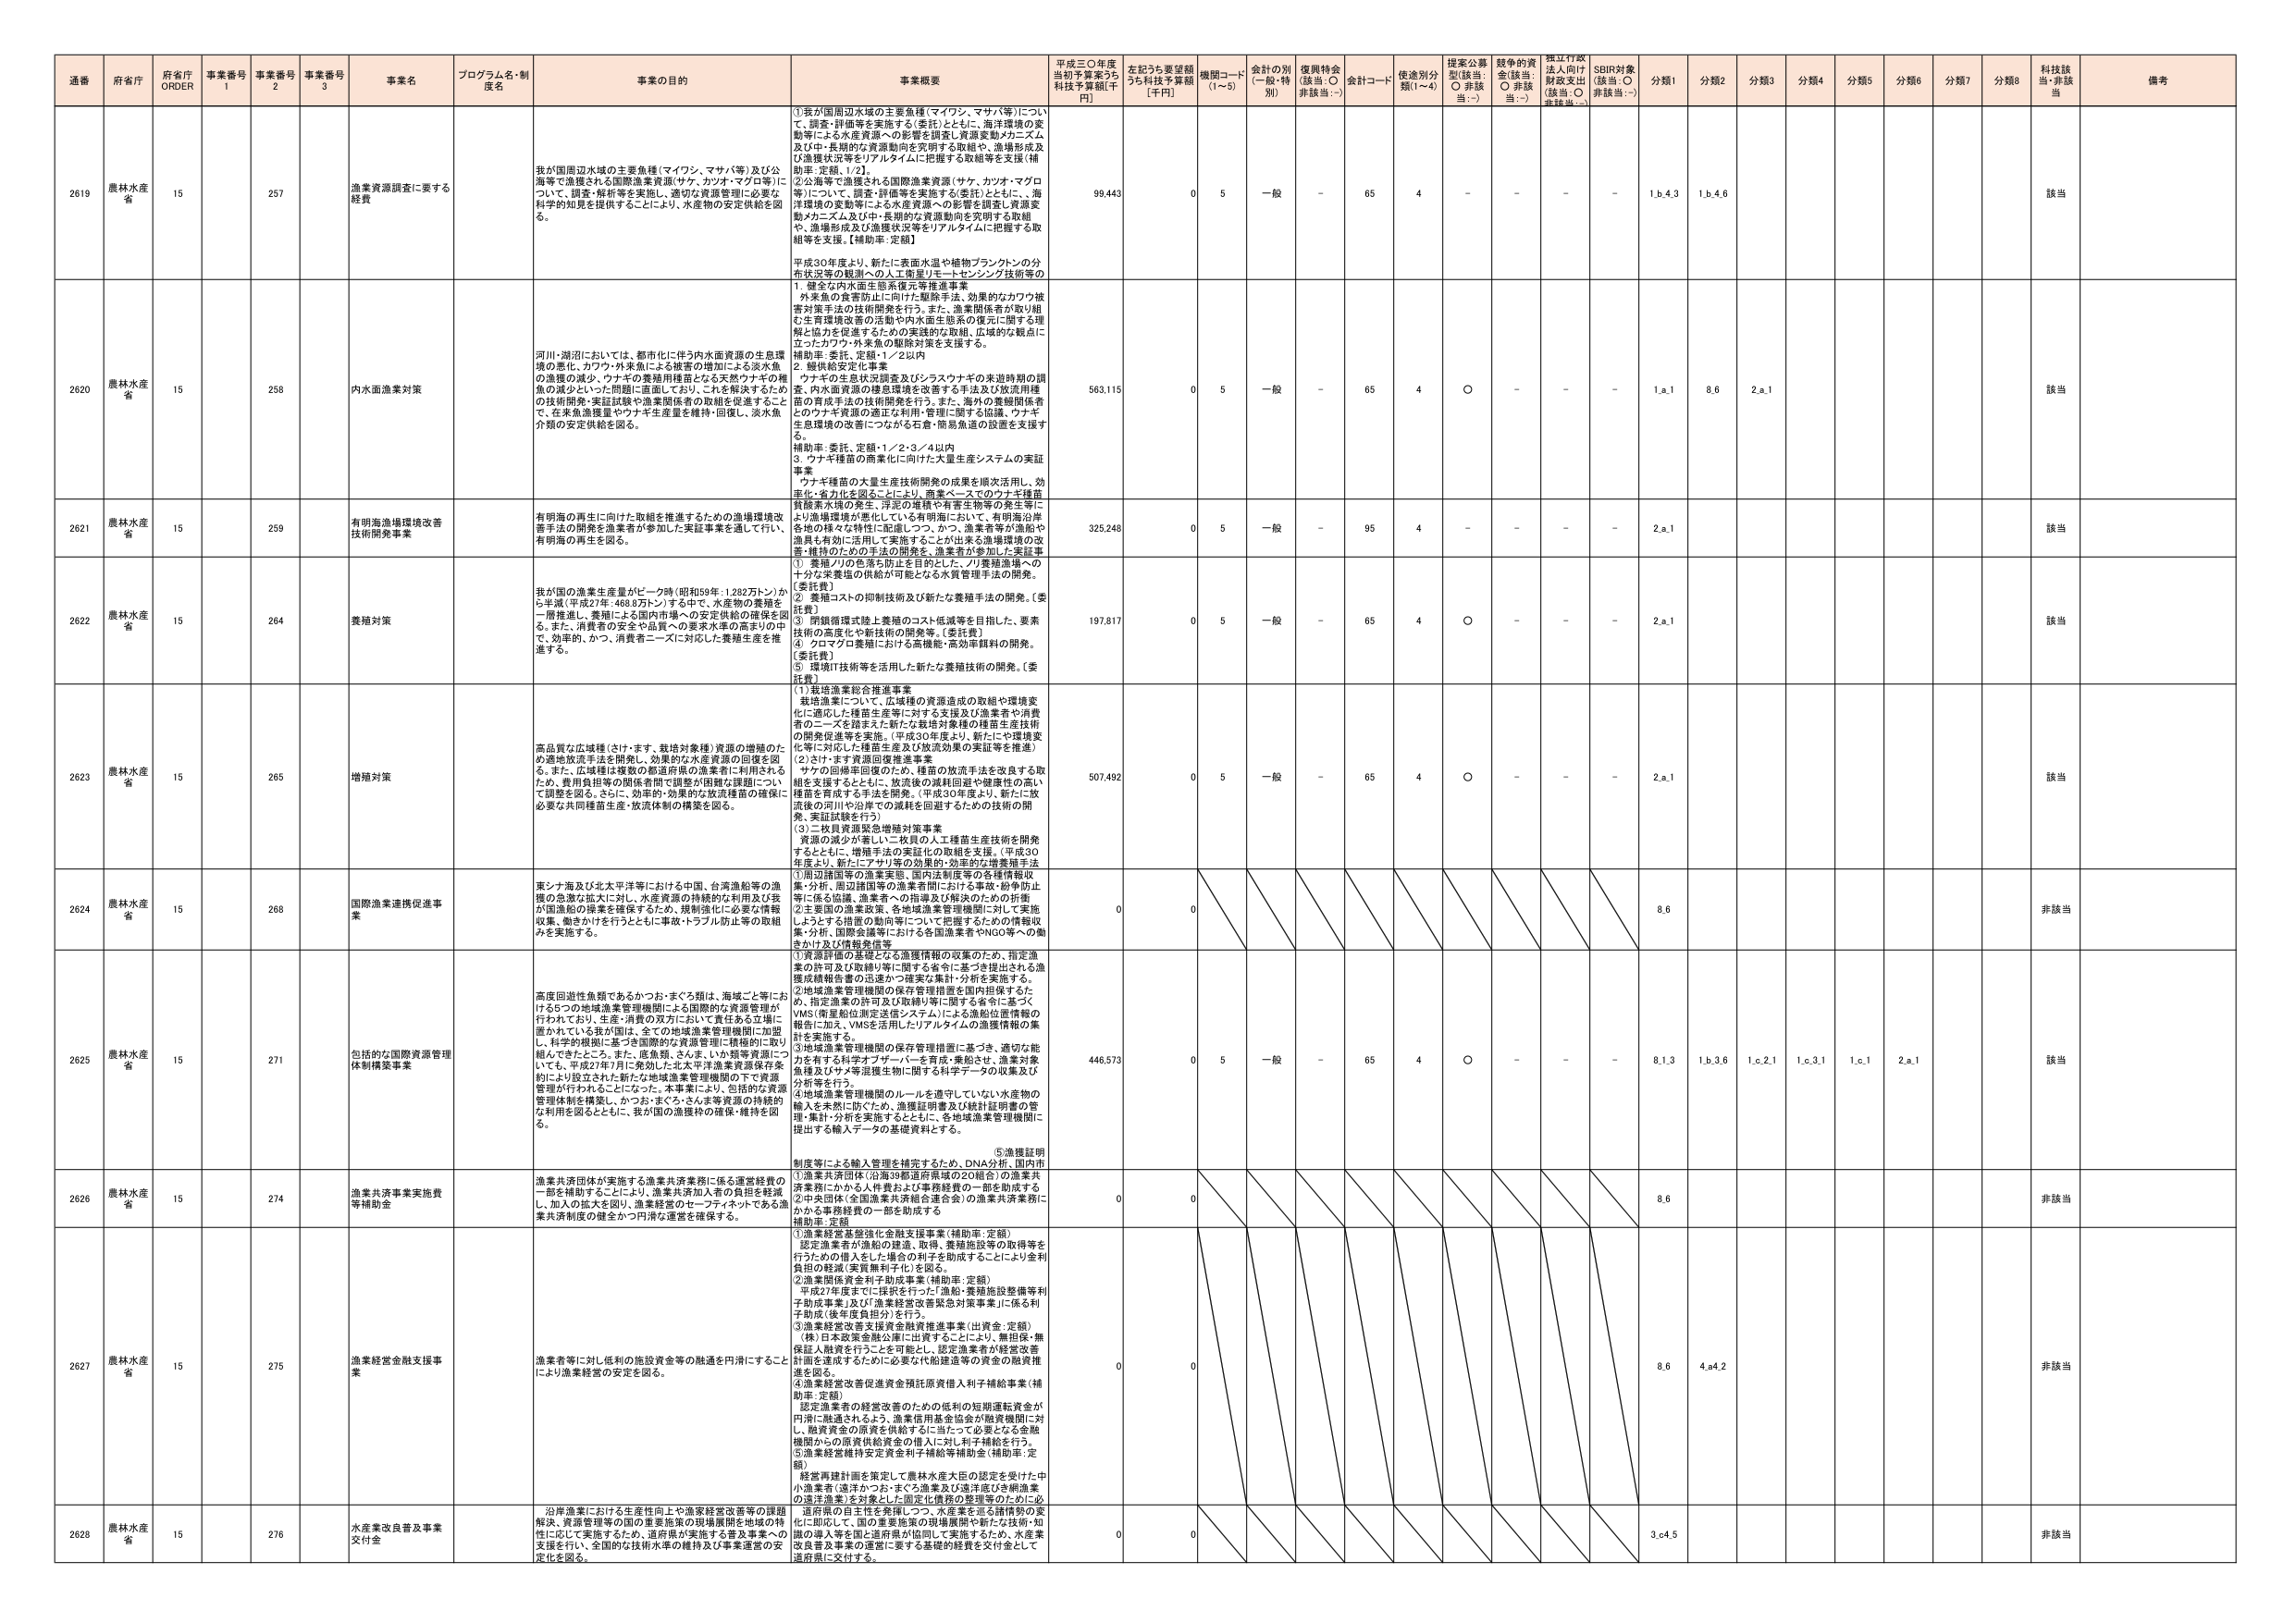
通番 府省庁 府省庁 ORDER 事業番号 1 事業番号 2 事業番号 3 事業名 プログラム名・制度名 事業の目的 事業概要 平成三〇年度当初予算案うち科技予算額[千円] 左記うち要望額うち科技予算額[千円] 機関コード(1～5) 金計の別(一般・特別) 復興特金(該当:○ 非該当:－) 金計コード 使用別分類(1～4) 提案公募型(該当:○ 非該当:－) 競争的資金(該当:○ 非該当:－) 採択行政法入向け財政支出(該当:○ 非該当:－) SDBR対象(該当:○ 非該当:－) 分類1 分類2 分類3 分類4 分類5 分類6 分類7 分類8 科技該当 備考

2619 農林水産省 15 257 漁業資源調査に要する経費 我が国周辺水域の主要魚種（マイワシ、マサバ等）及び公海等で漁獲される国際漁業資源（サケ、カツオ・マグロ等）について、調査・解析等を実施し、適切な資源管理に必要な科学的知見を提供することにより、水産物の安定供給を図る。 ①我が国周辺水域の主要魚種（マイワシ、マサバ等）について、調査・評価等を実施する（委託）とともに、海洋環境の変動等による水産資源への影響を調査し資源変動メカニズム及び中・長期的な資源動向を究明する取組や、漁場形成及び漁獲状況等をリアルタイムに把握する取組等を支援（補助率：定額：1/2）。 ②公海等で漁獲される国際漁業資源（サケ、カツオ・マグロ等）について、調査・評価等を実施する（委託）とともに、海洋表層変動等による水産資源への影響を調査し資源変動メカニズム及び中・長期的な資源動向を究明する取組や、漁場形成及び漁獲状況等をリアルタイムに把握する取組等を支援。【補助率：定額】 99,443 0 5 一般 － 65 4 － － － － 1.b.4.3 1.b.4.6 該当

2620 農林水産省 15 258 内水面漁業対策 河川・湖沼においては、都市化に伴う内水面資源の生息環境の悪化、カワウ・外来魚による被害の増加による淡水魚の漁獲の減少、ウナギの養殖用稚苗となる天然ウナギの稚魚の減少といった問題に直面しており、これを解決するための技術開発・実証試験や漁業関係者の取組を促進することで、在来魚漁獲量やウナギ生産量を維持・回復し、淡水魚介類の安定供給を図る。 平成30年度より、新たに表面水温や植物プランクトンの分布状況等の観測への人工衛星リモートセンシング技術等の 1．健全な内水面生態系復元等推進事業 外来魚の食害防止に向けた駆除手法、効果的なカワウ被害対策手法の技術開発を行う。また、漁業関係者が取り組む生育環境改善の活動や内水面生態系の復元に関する理解と協力を促進するための実践的な取組、広域的な観点に立ったカワウ・外来魚の駆除対策を支援する。 補助率：委託、定額・1／2以内 2．越川給安定化事業 ウナギの生息状況調査及びバラスウナギの来遊時期の調査、内水面資源の様態環境を改善する手法及び放流用稚苗の育成手法の技術開発を行う。また、海外の養殖関係者とのウナギ資源に関する利用・管理に関する協議、ウナギ生息環境の改善につながる石倉・簡易魚道の設置を支援する。 補助率：委託、定額・1／2・3／4以内 3．ウナギ稚苗の商業化に向けた大量生産システムの実証事業 ウナギ種苗の大量生産技術開発の成果を順次活用し、効率化・省力化を図ることにより、商業ベースでのウナギ種苗養殖業水準の発生、浮泥の堆積や有害生物等の発生等により漁場環境が悪化している有明海において、有明海沿岸各地の様々な特性に配慮しつつ、かつ、漁業者等が漁船や漁具も有効に活用して実施することが出来る漁場環境の改善・維持のための手法の開発を、漁業者が参加した実証事業 563,115 0 5 一般 － 65 4 ○ － － － 1.a.1 8.6 2.a.1 該当

2621 農林水産省 15 259 有明海漁場環境改善技術開発事業 有明海の再生に向けた取組を推進するための漁場環境改善手法の開発を漁業者が参加した実証事業を通して行い、有明海の再生を図る。 ①養殖ノリの色落ち防止を目的とした、ノリ養殖漁場への十分な養殖の供給が可能となる水質管理手法の開発。【委託費】 ②養殖コストの抑制技術及び新たな養殖手法の開発。【委託費】 ③閉鎖循環式陸上養殖のコスト低減等を目指した、要素技術の高度化や新技術の開発等。【委託費】 ④クロマグロ養殖における高機能・高効率飼料の開発。【委託費】 ⑤環境IT技術等を活用した新たな養殖技術の開発。【委託費】 325,248 0 5 一般 － 95 4 － － － － 2.a.1 該当

2622 農林水産省 15 264 養殖対策 我が国の漁業生産量がピーク時（昭和59年：1,282万トン）から半減（平成27年：468.8万トン）する中で、水産物の養殖を一層推進し、養殖による国内市場への安定供給の確保を図る。また、消費者の安全や品質への要求水準の高まりの中で、効率的、かつ、消費者ニーズに対応した養殖生産を推進する。 ①栽培漁業総合推進事業 栽培漁業について、広域種の資源造成の取組や環境変化に適応した種苗生産等に対する支援及び漁業者や消費者のニーズを踏まえた新たな栽培対象種の種苗生産技術の開発促進等を実施。（平成30年度より、新たにや環境変化等に対応した種苗生産及び放流効果の実証等を推進） ②さけ・ます資源回復推進事業 サケの回帰率回復のため、種苗の放流手法を改良する取組を支援するとともに、放流後の減耗回避や健康性の高い種苗を育成する手法を開発。（平成30年度より、新たに放流後の河川や沿岸での減耗を回避するための技術の開発、実証試験を行う） ③二枚貝資源緊急増殖対策事業 資源の減少が著しい二枚貝の人工種苗生産技術を開発するとともに、増殖手法の実証化の取組を支援。（平成30年度より、新たにアサリ等の効果的・効率的な増養殖手法 197,817 0 5 一般 － 65 4 ○ － － － 2.a.1 該当

2623 農林水産省 15 265 増殖対策 高品質な広域種（さけ・ます、栽培対象種）資源の増殖のため適地放流手法を開発し、効果的な水産資源の回復を図る。また、広域種は複数の都道府県の漁業者に利用されるため、費用負担等の関係者間で調整が困難な課題について調整を図る。さらに、効率的・効果的な放流種苗の確保に必要な共同種苗生産・放流体制の構築を図る。 507,492 0 5 一般 － 65 4 ○ － － － 2.a.1 該当

2624 農林水産省 15 268 国際漁業連携促進事業 東シナ海及び北太平洋等における中国、台湾漁船等の漁獲の急激な拡大に対し、水産資源の持続的な利用及び我が国漁船の漁業を確保するため、規制強化による要請情報収集、働きかけを行うとともに事故・トラブル防止等の取組みを実施する。 ①周辺諸国等の漁業実態、国内法制度等の各種情報収集・分析、周辺諸国等の漁業者間における事故・紛争防止等に係る協議、漁業者への情報及び解決のための注意 ②主要国の漁業政策、各地域漁業管理機関に対して実施しようとする措置の動向等について把握するための情報収集・分析、国際会議等における各国漁業者やNGO等への働きかけ及び情報発信等 0 0 8.6 非該当

2625 農林水産省 15 271 包括的な国際資源管理体制構築事業 高度回遊性魚類であるかつお・まぐろ類は、海域ごと等におけるその地域漁業管理機関による国際的な資源管理が行われており、生産・消費の双方において責任ある立場に置かれている我が国は、全ての地域漁業管理機関に加盟し、科学的根拠に基づき国際的な資源管理に積極的に取り組んできたところ。また、底魚類、さくま、いわし類等資源についても、平成27年7月に発効した北太平洋漁業資源保存条約により成立された新たな地域漁業管理機関の下で資源管理が行われることになった。本事業により、包括的な資源管理体制を構築し、かつお・まぐろ・さんま等資源の持続的な利用を図るとともに、我が国の漁獲枠の確保・維持を図る。 ①資源評価の基礎となる漁獲情報の収集のため、指定漁業の許可及び取締り等に関する省令に基づき提出される漁獲成績報告書の迅速かつ確実な集計・分析を実施する。 ②地域漁業管理機関の保存管理措置を国内担保するため、指定漁業の許可及び取締り等に関する省令に基づくVMS（衛星船位測定送信システム）による漁船位置情報の報告に加え、VMSを活用したリアルタイムの漁獲情報の集計を実施する。 ③地域漁業管理機関の保存管理措置に基づき、適切な能力を有する科学オブザーバーを育成・乗船させ、漁業対象魚種及びヤマ等混獲生肉に関する科学データの収集及び分析等を行う。 ④地域漁業管理機関のルールを遵守していない水産物の輸入を未然に防ぐため、漁獲証明書及び検証証明書の管理・集計・分析を実施するとともに、各地域漁業管理機関に提出する輸入データの基礎資料とする。 ⑤漁獲証明制度等による輸入管理を補完するため、DNA分析、国内市場 446,573 0 5 一般 － 65 4 ○ － － － 8.1.3 1.b.3.6 1.c.2.1 1.c.3.1 1.c.1 2.a.1 該当

2626 農林水産省 15 274 漁業共済事業実施費等補助金 漁業共済団体が実施する漁業共済業務に係る運営経費の一部を補助することにより、漁業共済加入者の負担を軽減し、加入の拡大を図り、漁業経営のセーフティネットである漁業共済制度の健全かつ円滑な運営を確保する。 ①漁業共済団体（沿海39都道府県域の20組合）の漁業共済業務にかかる人件費および事務経費の一部を助成する。 ②中央団体（全国漁業共済組合連合会）の漁業共済業務にかかる事務経費の一部を助成する。 補助率：定額 0 0 8.6 非該当

2627 農林水産省 15 275 漁業経営金融支援事業 漁業者等に対し低利の施設資金等の融通を円滑にすることにより漁業経営の安定を図る。 ①漁業経営基盤強化金融支援事業（補助率：定額） 認定漁業者が漁船の建造、取得、養殖施設等の取得等を行うための借入をした場合の利子を助成することにより金利負担の軽減・実質無利子化を図る。 ②漁業関係資金利子助成事業（補助率：定額） 平成27年度までに採択を行った「漁船・養殖施設整備等利子助成事業」及び「漁業経営改善緊急対策事業」に係る利子助成（後年度負担分）を行う。 ③漁業経営改善支援資金融資推進事業（出資金：定額） （株）日本政策金融公庫に出資することにより、無担保・無保証人融資を行うことを可能とし、認定漁業者が経営改善計画を達成するために必要な代船建造等の資金の融資推進を図る。 ④漁業経営改善促進資金預託原資借入利子補給事業（補助率：定額） 認定漁業者の経営改善のための低利の短期運転資金が円滑に融通されるよう、漁業信用基金協会が融資機関に対し、融資資金の原資を供給するに当たって必要となる金融機関からの原資供給資金の借入に対し利子補給を行う。 ⑤漁業経営維持安定資金利子補給等補助金（補助率：定額） 経営再建計画を策定して農林水産大臣の認定を受けた中小漁業者（遠洋かつお・まぐろ漁業及び遠洋底びき網漁業の違法漁業）を対象とした固定化債務の整理等のために必 0 0 8.6 4.a4.2 非該当

2628 農林水産省 15 276 水産業改良普及事業交付金 沿岸漁業における生産性向上や漁業経営改善等の課題解決、資源管理等の国の重要施策の現場展開を地域の特徴に応じて実施するため、道府県が個別に実施するため、水産業支援を行い、全国的な技術水準の維持及び事業運営の安定化を図る。 道府県の自主性を発揮しつつ、水産業を巡る諸情勢の変化に即応して、国の重要施策の現場展開や新たな技術・知識の導入等を支援するため、道府県が個別に実施するため、水産業改善普及事業の運営に要する基礎的経費を交付金として道府県に交付する。 0 0 3.c4.5 非該当